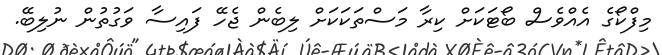
މިފްކޯގެ އެއްވެސް ބޯޓަކަށް ކިރާ މަސްތަކަކަށް ލިބެން ޖެހޭ ފައިސާ ވަގުތުން ނުލިބޭ.